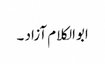
ابوالکلام آزاد ۔